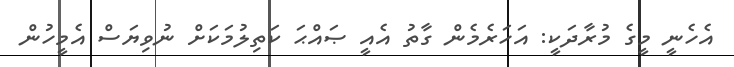
އެހެނީ މީގެ މުރާދަކީ: އަހަރެމެން ގާތު އެއީ ޞައްޙަ ކަތިލުމަކަށް ނުވިޔަސް އެމީހުން